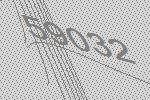
59032